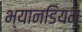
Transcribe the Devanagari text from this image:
भ्यानडियम